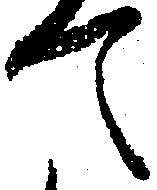
て